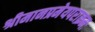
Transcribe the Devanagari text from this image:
श्रीमानप्रमेयपराक्रमः